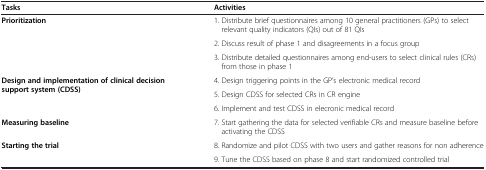
<table><thead><tr><td><b>Tasks</b></td><td><b>Activities</b></td></tr></thead><tbody><tr><td rowspan="3"><b>Prioritization</b></td><td>1. Distribute brief questionnaires among 10 general practitioners (GPs) to select relevant quality indicators (QIs) out of 81 QIs</td></tr><tr><td>2. Discuss result of phase 1 and disagreements in a focus group</td></tr><tr><td>3. Distribute detailed questionnaires among end-users to select clinical rules (CRs) from those in phase 1</td></tr><tr><td rowspan="3"><b>Design and implementation of clinical decision support system (CDSS)</b></td><td>4. Design triggering points in the GP’s electronic medical record</td></tr><tr><td>5. Design CDSS for selected CRs in CR engine</td></tr><tr><td>6. Implement and test CDSS in elecronic medical record</td></tr><tr><td><b>Measuring baseline</b></td><td>7. Start gathering the data for selected verifiable CRs and measure baseline before activating the CDSS</td></tr><tr><td rowspan="2"><b>Starting the trial</b></td><td>8. Randomize and pilot CDSS with two users and gather reasons for non adherence</td></tr><tr><td>9. Tune the CDSS based on phase 8 and start randomized controlled trial</td></tr></tbody></table>